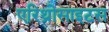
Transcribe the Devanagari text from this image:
एरिथ्रोसाइटस